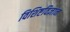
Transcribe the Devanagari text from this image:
विशिष्टविज्ञान